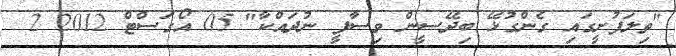
"ތިލަފުށީގައި ގެންގުޅޭ ބިދޭސީން ވިސާފީ ނުދައްކާ" 05 އޯގަސްޓް 2012 2